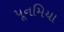
પૂનમિયા